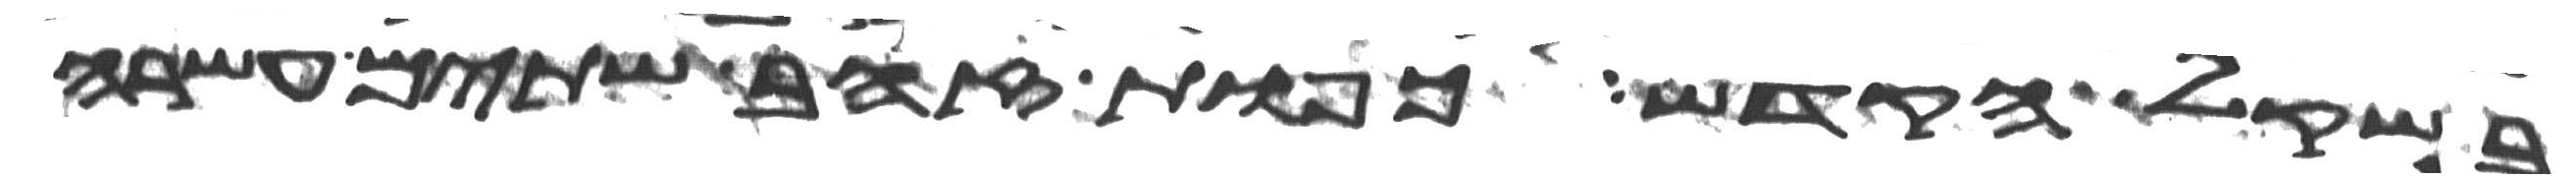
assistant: בשקל הקדש כפות זהב שתים עשרה